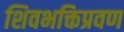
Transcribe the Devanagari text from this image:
शिवभक्तिप्रवण